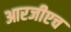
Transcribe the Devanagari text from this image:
आरजीएच